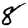
Digit: 8